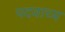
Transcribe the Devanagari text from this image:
पदवाच्य